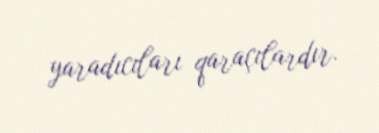
yaradıcıları qaraçılardır.